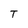
Character: T